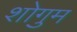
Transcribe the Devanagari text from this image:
शोगुम